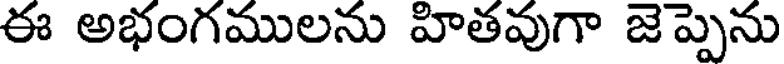
ఈ అభంగములను హితవుగా జెప్పెను